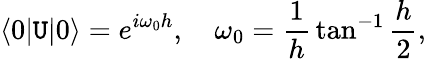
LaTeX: \langle0|\mathtt{U}|0\rangle=e^{i\omega_{0}h},\quad\omega_{0}={\frac{{1}}{{h}}}\tan^{-1}{\frac{{h}}{{2}}},